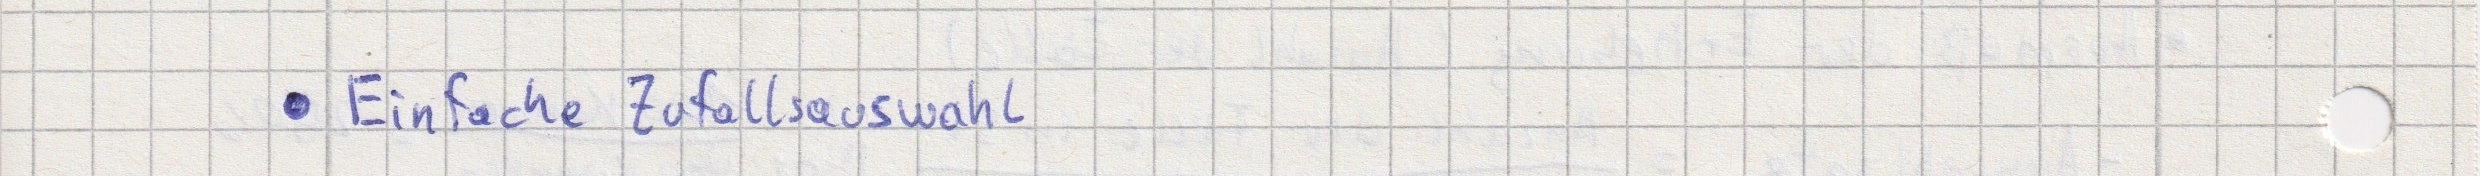
- Einfache Zufallsauswahl